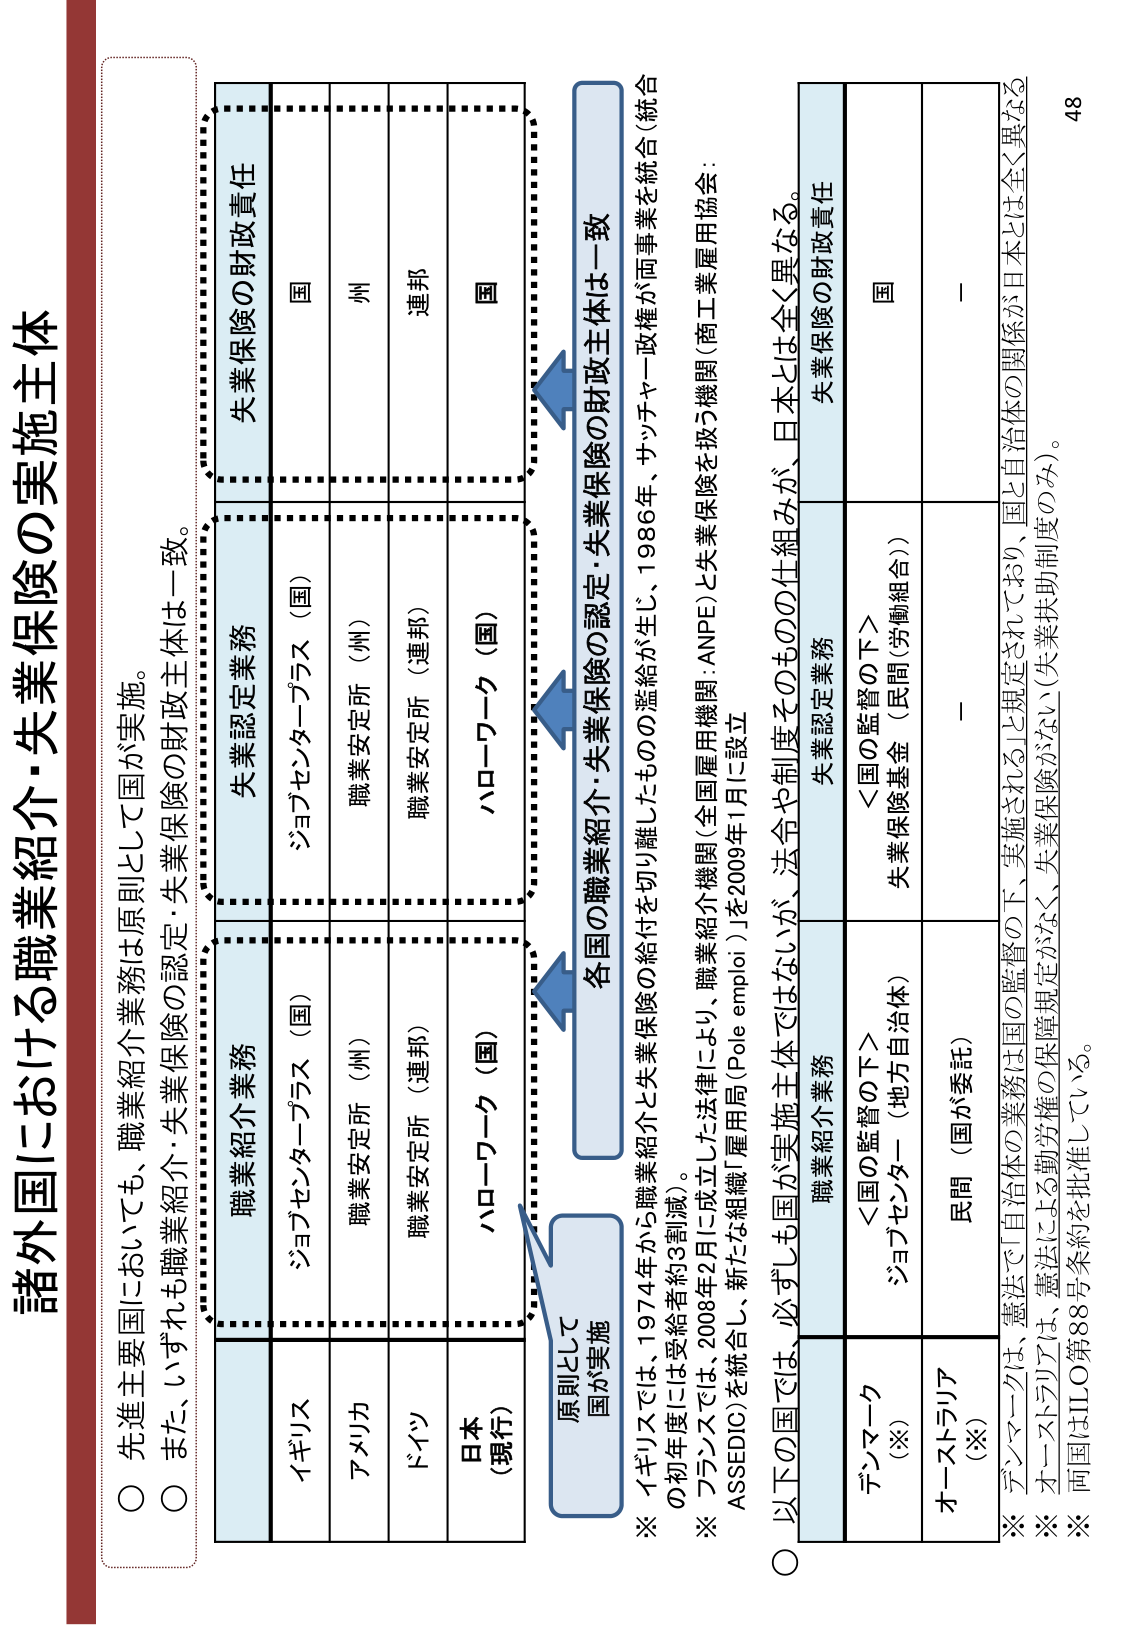
諸外国における職業紹介・失業保険の実施主体

○ 先進主要国においても、職業紹介業務は原則として国が実施。
○ また、いずれも職業紹介・失業保険の財政主体は一致。

職業紹介業務　　　　　　　　失業認定業務　　　　　　　　失業保険の財政責任
イギリス　　　　　　　　　　ジョブセンタープラス（国）　　　国
アメリカ　　　　　　　　　　職業安定所（州）　　　　　　　　州
ドイツ　　　　　　　　　　　職業安定所（連邦）　　　　　　連邦
日本（現行）　　　　　　　　ハローワーク（国）　　　　　　国

原則として
国が実施

各国の職業紹介・失業保険の認定・失業保険の財政主体は一致

※ イギリスでは、1974年から職業紹介と失業保険の給付を切り離したものの監給が生じ、1986年、サッチャー政権が両事業を統合（統合の初年度には受給者約3割減）。
※ フランスでは、2008年2月に法律により、職業紹介機関（全国雇用機関：ANPE）と失業保険を扱う機関（商工業雇用協会：ASSEDIC）を統合し、新たな組織「雇用局（Pole emploi）」を2009年1月に設立

○ 以下の国では、必ずしも国が実施主体ではないが、法令や制度そのもの の仕組みが、日本とは全く異なる。

職業紹介業務　　　　　　　　失業認定業務　　　　　　　　失業保険の財政責任
デンマーク（※）　　　　　　＜国の監督の下＞　　　　　　国
　　　　　　　　　　　　　　ジョブセンター（地方自治体）　　失業保険基金（民間〈労働組合〉）
オーストラリア（※）　　　　民間（国が委託）　　　　　　－

※ デンマークは、憲法で「自治体の業務は国の監督の下、実施される」と規定されており、国と自治体の関係が日本とは全く異なる。
※ オーストラリアは、憲法による勤労権の保障規定がなく、失業保険がない（失業扶助制度のみ）。
※ 両国はILO第88号条約を批准している。

48